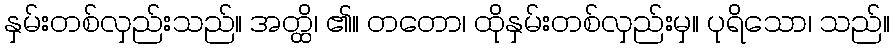
နှမ်းတစ်လှည်းသည်။ အတ္ထိ၊ ၏။ တတော၊ ထိုနှမ်းတစ်လှည်းမှ။ ပုရိသော၊ သည်။